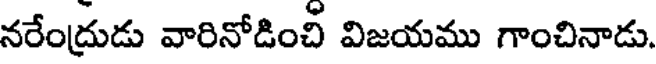
నరేంద్రుడు వారినోడించి విజయము గాంచినాడు.